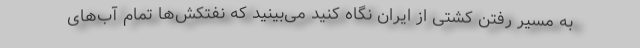
به مسیر رفتن کشتی از ایران نگاه کنید می‌بینید که نفتکش‌ها تمام آب‌های